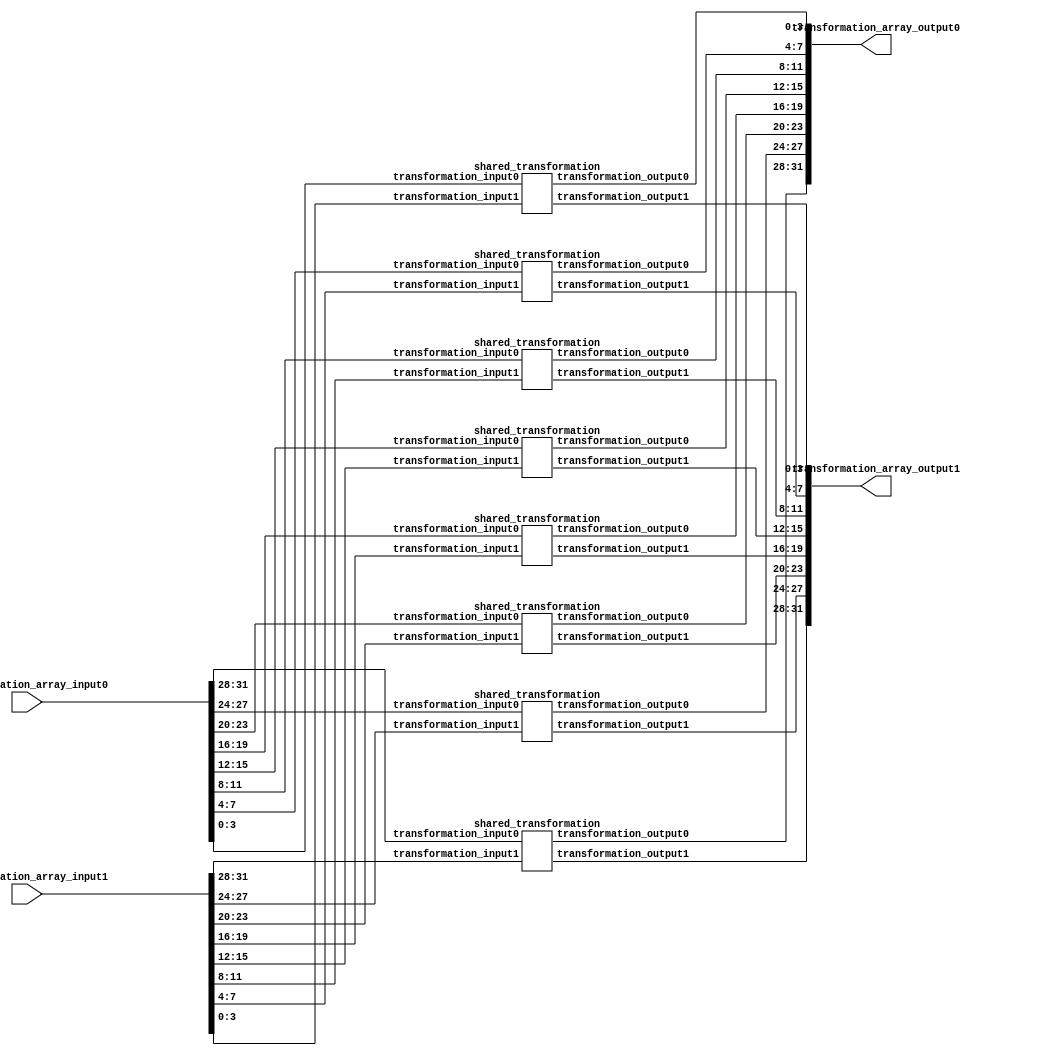
`timescale 1ns / 1ps
//////////////////////////////////////////////////////////////////////////////////
// Company: 
// Engineer: 
// 
// Design Name: 
// Module Name:    shared_transformation_array 
// Project Name: 
// Target Devices: 
// Tool versions: 
// Description: 
//
// Dependencies: 
//
// Revision: 
// Revision 0.01 - File Created
// Additional Comments: 
//
//////////////////////////////////////////////////////////////////////////////////
module shared_transformation_array(
	input	[31:00]	transformation_array_input0,
	input	[31:00]	transformation_array_input1,
	
	output	[31:00]	transformation_array_output0,
	output	[31:00]	transformation_array_output1
    );
	
	shared_transformation shared_transformation_Inst0(
	.transformation_input0		(transformation_array_input0[31:28]),
	.transformation_input1		(transformation_array_input1[31:28]),
	
	.transformation_output0		(transformation_array_output0[31:28]),
	.transformation_output1		(transformation_array_output1[31:28])
	);
	
	shared_transformation shared_transformation_Inst1(
	.transformation_input0		(transformation_array_input0[27:24]),
	.transformation_input1		(transformation_array_input1[27:24]),
	
	.transformation_output0		(transformation_array_output0[27:24]),
	.transformation_output1		(transformation_array_output1[27:24])
	);
	
	shared_transformation shared_transformation_Inst2(
	.transformation_input0		(transformation_array_input0[23:20]),
	.transformation_input1		(transformation_array_input1[23:20]),
	
	.transformation_output0		(transformation_array_output0[23:20]),
	.transformation_output1		(transformation_array_output1[23:20])
	);
	
	shared_transformation shared_transformation_Inst3(
	.transformation_input0		(transformation_array_input0[19:16]),
	.transformation_input1		(transformation_array_input1[19:16]),
	
	.transformation_output0		(transformation_array_output0[19:16]),
	.transformation_output1		(transformation_array_output1[19:16])
	);
	
	shared_transformation shared_transformation_Inst4(
	.transformation_input0		(transformation_array_input0[15:12]),
	.transformation_input1		(transformation_array_input1[15:12]),
	
	.transformation_output0		(transformation_array_output0[15:12]),
	.transformation_output1		(transformation_array_output1[15:12])
	);
	
	shared_transformation shared_transformation_Inst5(
	.transformation_input0		(transformation_array_input0[11:08]),
	.transformation_input1		(transformation_array_input1[11:08]),
	
	.transformation_output0		(transformation_array_output0[11:08]),
	.transformation_output1		(transformation_array_output1[11:08])
	);
	
	shared_transformation shared_transformation_Inst6(
	.transformation_input0		(transformation_array_input0[07:04]),
	.transformation_input1		(transformation_array_input1[07:04]),
	
	.transformation_output0		(transformation_array_output0[07:04]),
	.transformation_output1		(transformation_array_output1[07:04])
	);
	
	shared_transformation shared_transformation_Inst7(
	.transformation_input0		(transformation_array_input0[03:00]),
	.transformation_input1		(transformation_array_input1[03:00]),
	
	.transformation_output0		(transformation_array_output0[03:00]),
	.transformation_output1		(transformation_array_output1[03:00])
	);
	
endmodule

module shared_transformation(
	input	[03:00]	transformation_input0,
	input	[03:00]	transformation_input1,
	
	output reg	[03:00]	transformation_output0,
	output reg	[03:00]	transformation_output1
	);
	
	always @(transformation_input0) 
	begin
		if(transformation_input0[3] == 1'b1)
			transformation_output0 = {transformation_input0[2:0], 1'b0} ^ 4'b0011;
		else 
			transformation_output0 = {transformation_input0[2:0], 1'b0};
	end
	
	always @(transformation_input1) 
	begin
		if(transformation_input1[3] == 1'b1)
			transformation_output1 = {transformation_input1[2:0], 1'b0} ^ 4'b0011;
		else
			transformation_output1 = {transformation_input1[2:0], 1'b0};
	end
	
	
endmodule